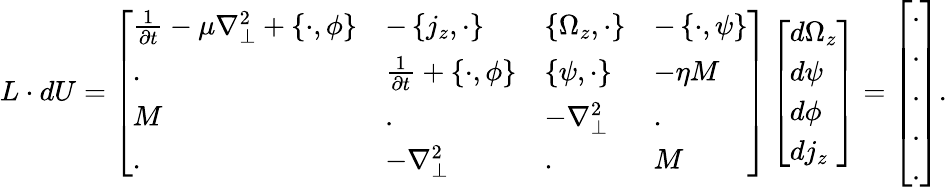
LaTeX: L\cdot dU=\left[\begin{array}{llll}{\frac{1}{\partial t}-\mu\nabla_{\perp}^{2}+\left\{ \cdot,{\phi}\right\} }&{-\left\{ j_{z},\cdot\right\} }&{\left\{ {\Omega_{z}},\cdot\right\} }&{-\left\{ \cdot,{\psi}\right\} }\\ {.}&{\frac{1}{\partial t}+\left\{ \cdot,{\phi}\right\} }&{\left\{ {\psi},\cdot\right\} }&{-\eta M}\\ {M}&{.}&{-\nabla_{\perp}^{2}}&{.}\\ {.}&{-\nabla_{\perp}^{2}}&{.}&{M}\end{array}\right]\left[\begin{array}{l}{{d\Omega_{z}}}\\ {{d\psi}}\\ {{d\phi}}\\ {{dj_{z}}}\end{array}\right]=\left[\begin{array}{l}{.}\\ {.}\\ {.}\\ {.}\\ {.}\end{array}\right].